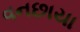
વનછાયા